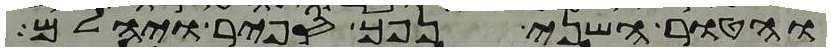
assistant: והטור השני נפך ספיר ויהלם